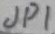
Text: JP1